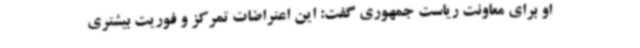
او برای معاونت ریاست جمهوری گفت: این اعتراضات تمرکز و فوریت بیشتری